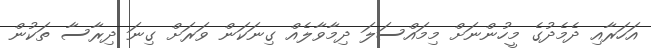
އަހަރާއި ދެމެދުގެ މީހުންނަށް މިމައްސަލަ ދިމާވާލެއް ގިނަކަން ވަރަށް ގިނަ ދިރާސާ ތަކުން